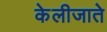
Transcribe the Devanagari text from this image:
केलीजाते